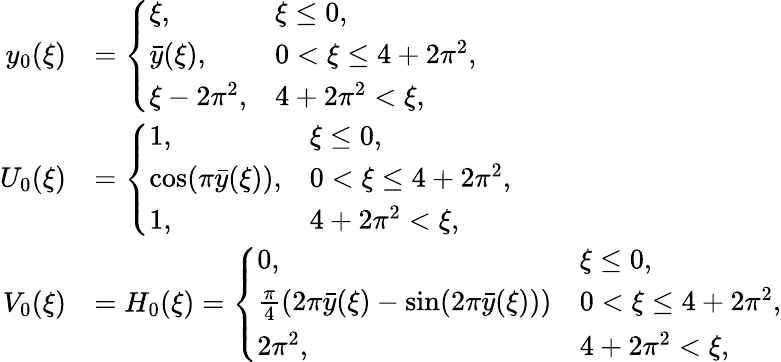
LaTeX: \begin{array}{rl}{y_{0}(\xi)}&{=\left\{ \begin{array}{ll}{\xi,}&{\xi\leq 0,}\\ {\bar{y}(\xi),}&{0<\xi\leq 4+2\pi^{2},}\\ {\xi-2\pi^{2},}&{4+2\pi^{2}<\xi,}\end{array}\right.}\\ {U_{0}(\xi)}&{=\left\{ \begin{array}{ll}{1,}&{\xi\leq 0,}\\ {\cos(\pi\bar{y}(\xi)),}&{0<\xi\leq 4+2\pi^{2},}\\ {1,}&{4+2\pi^{2}<\xi,}\end{array}\right.}\\ {V_{0}(\xi)}&{=H_{0}(\xi)=\left\{ \begin{array}{ll}{0,}&{\xi\leq 0,}\\ {\frac{\pi}{4}(2\pi\bar{y}(\xi)-\sin(2\pi\bar{y}(\xi)))}&{0<\xi\leq 4+2\pi^{2},}\\ {2\pi^{2},}&{4+2\pi^{2}<\xi,}\end{array}\right.}\end{array}